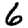
Digit: 6